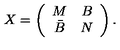
X = \left( \begin{array} { c c } { M } & { B } \\ { \bar { B } } & { N } \\ \end{array} \right) .